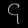
Digit: ၄